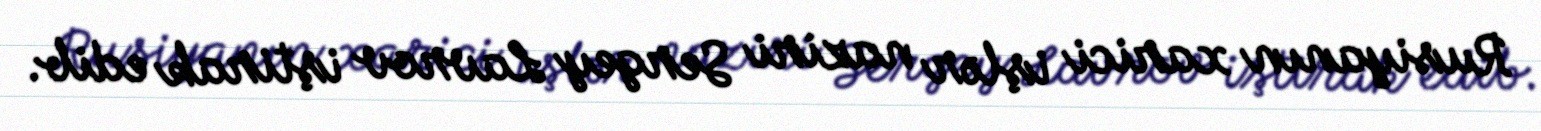
Rusiyanın xarici işlər naziri Sergey Lavrov iştirak edib.